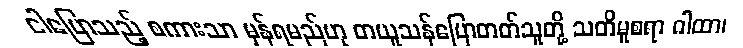
ငါပြောသည့် စကားသာ မှန်ရမည်ဟု တယူသန်ပြောတတ်သူတို့ သတိမူစရာ ဂါထာ၊